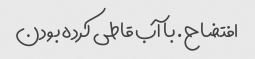
افتضاح. با آب قاطی کرده بودن